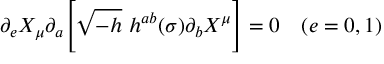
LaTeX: \partial _ { e } X _ { \mu } \partial _ { a } \Biggl [ \sqrt { - h } ~ h ^ { a b } ( \sigma ) \partial _ { b } X ^ { \mu } \Biggr ] = 0 ~ ~ ~ ( e = 0 , 1 )